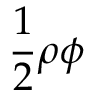
{ \frac { 1 } { 2 } } \rho \phi